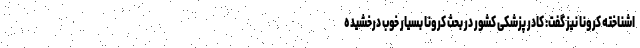
اشناخته کرونا نیز گفت: کادر پزشکی کشور در بحث کرونا‌ بسیار خوب درخشیده